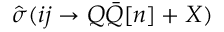
\hat { \sigma } ( i j \to Q \bar { Q } [ n ] + X )